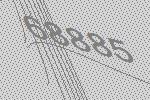
68885